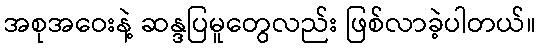
အစုအဝေးနဲ့ ဆန္ဒပြမူတွေလည်း ဖြစ်လာခဲ့ပါတယ်။